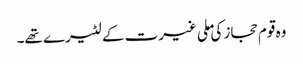
وہ قوم حجاز کی ملی غیرت کے لٹیرے تھے۔